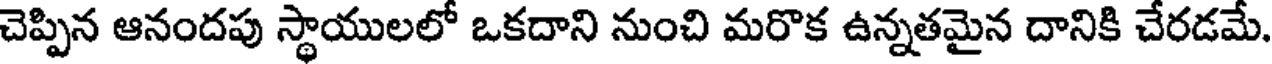
చెప్పిన ఆనందపు స్థాయులలో ఒకదాని నుంచి మరొక ఉన్నతమైన దానికి చేరడమే.